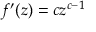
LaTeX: f ^ { \prime } ( z ) = c z ^ { c - 1 }